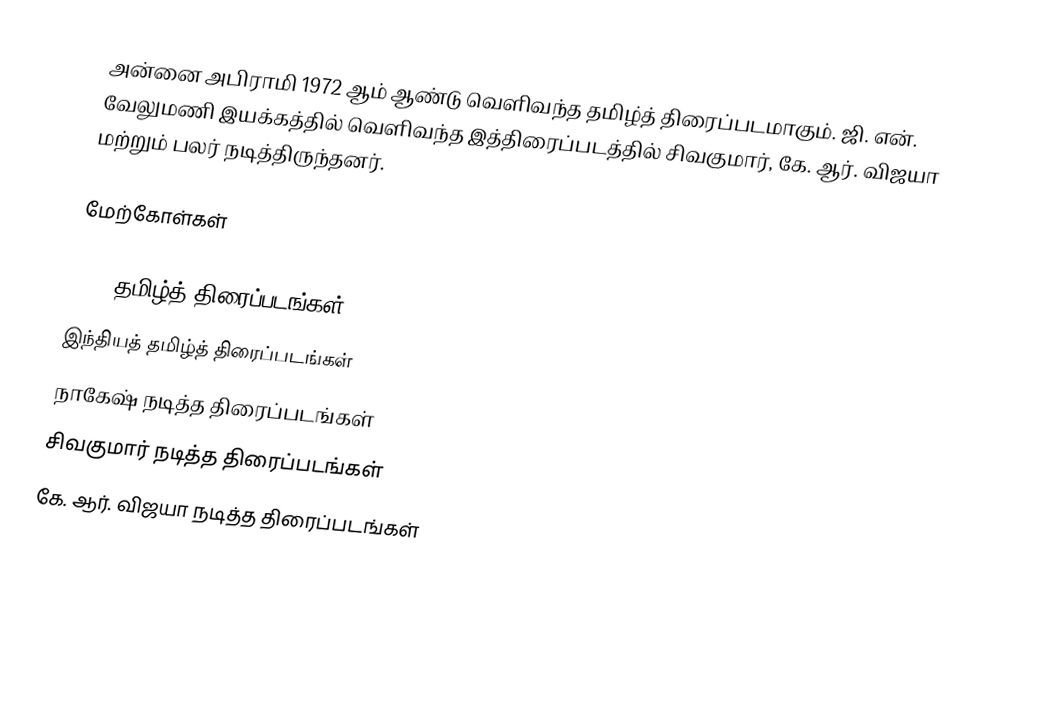
அன்னை அபிராமி 1972 ஆம் ஆண்டு வெளிவந்த தமிழ்த் திரைப்படமாகும். ஜி. என். வேலுமணி இயக்கத்தில் வெளிவந்த இத்திரைப்படத்தில் சிவகுமார், கே. ஆர். விஜயா மற்றும் பலர் நடித்திருந்தனர்.

மேற்கோள்கள்

1972 தமிழ்த் திரைப்படங்கள்
இந்தியத் தமிழ்த் திரைப்படங்கள்
நாகேஷ் நடித்த திரைப்படங்கள்
சிவகுமார் நடித்த திரைப்படங்கள்
கே. ஆர். விஜயா நடித்த திரைப்படங்கள்